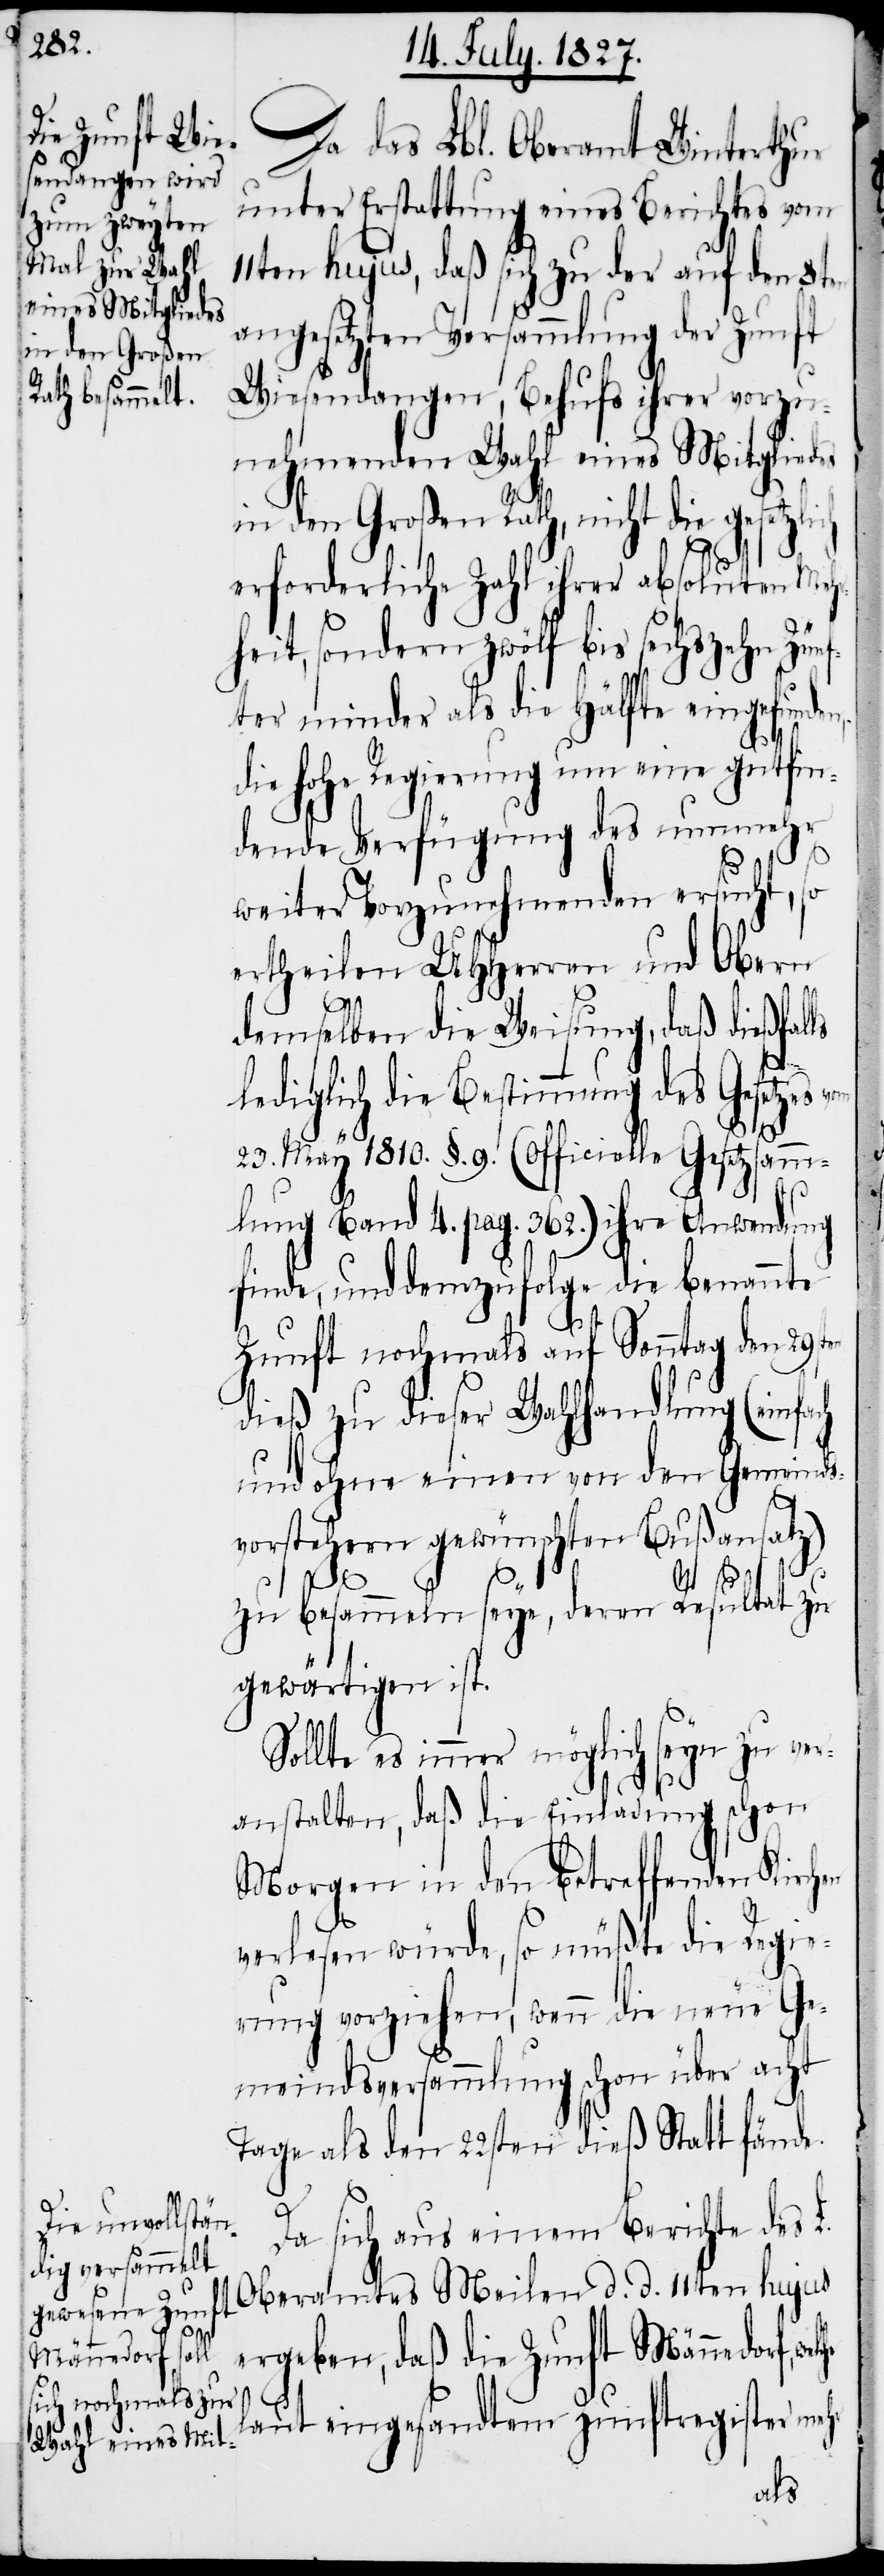
Da das Lbl. Oberamt Winterthur
unter Erstattung eines Berichtes vom
11ten hujus, daß sich zu der auf den 8ten
angesetzten Versammlung der Zunft
Wiesendangen, Behufs ihrer vorzu¬
nehmenden Wahl eines Mitgliedes
in den Großen Rath, nicht die gesetzl¬
erforderliche Zahl ihrer absoluten Meh¬
rheit, sondern zwölf bis sechszehn Zünf¬
ter minder als die Hälfte eingefunden,
die hohe Regierung um eine gutfin¬
dende Verfügung des nunmehr
weiter Vorzunehmenden ersucht, so
ertheilen UHHerren und Obern
demselben die Weisung, daß dießfal¬
ls
lediglich die Bestimmung des Gesetzes
ich
23. May 1810. §. 9. (officielle Gesetzsamm¬
lung Band 4. pag. 362.) ihre Anwendung
finde, und demzufolge die benannte
Zunft nochmals auf Sonntag den 29sten
dieß zu dieser Wahlhandlung (einfach
und ohne einen von den Gemeinds¬
vorstehern gewünschten Bußansatz)
zu besammeln sey, deren Resultat zu
gewärtigen ist.
Sollte es immer möglich seyn zu ver¬
anstalten, daß die Einladung schon
Morgen in den betreffenden Kirchen
verlesen würde, so müßte die Regie¬
rung vorziehen, wenn die neue Ge¬
meindsversammlung schon über acht
Tage als den 22sten dieß Statt fände.
Da sich aus einem Bericht des L.
Oberamtes Meilen d. d. 11ten hujus
ergeben, daß die Zunft Männedorf,
laut eingesandtem Zunftregister mehr